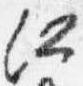
仁